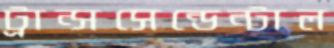
ট্রান্সসেন্ডেন্টাল